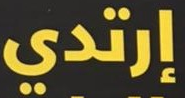
إرتدي